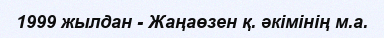
1999 жылдан - Жаңаөзен қ. әкімінің м.а.